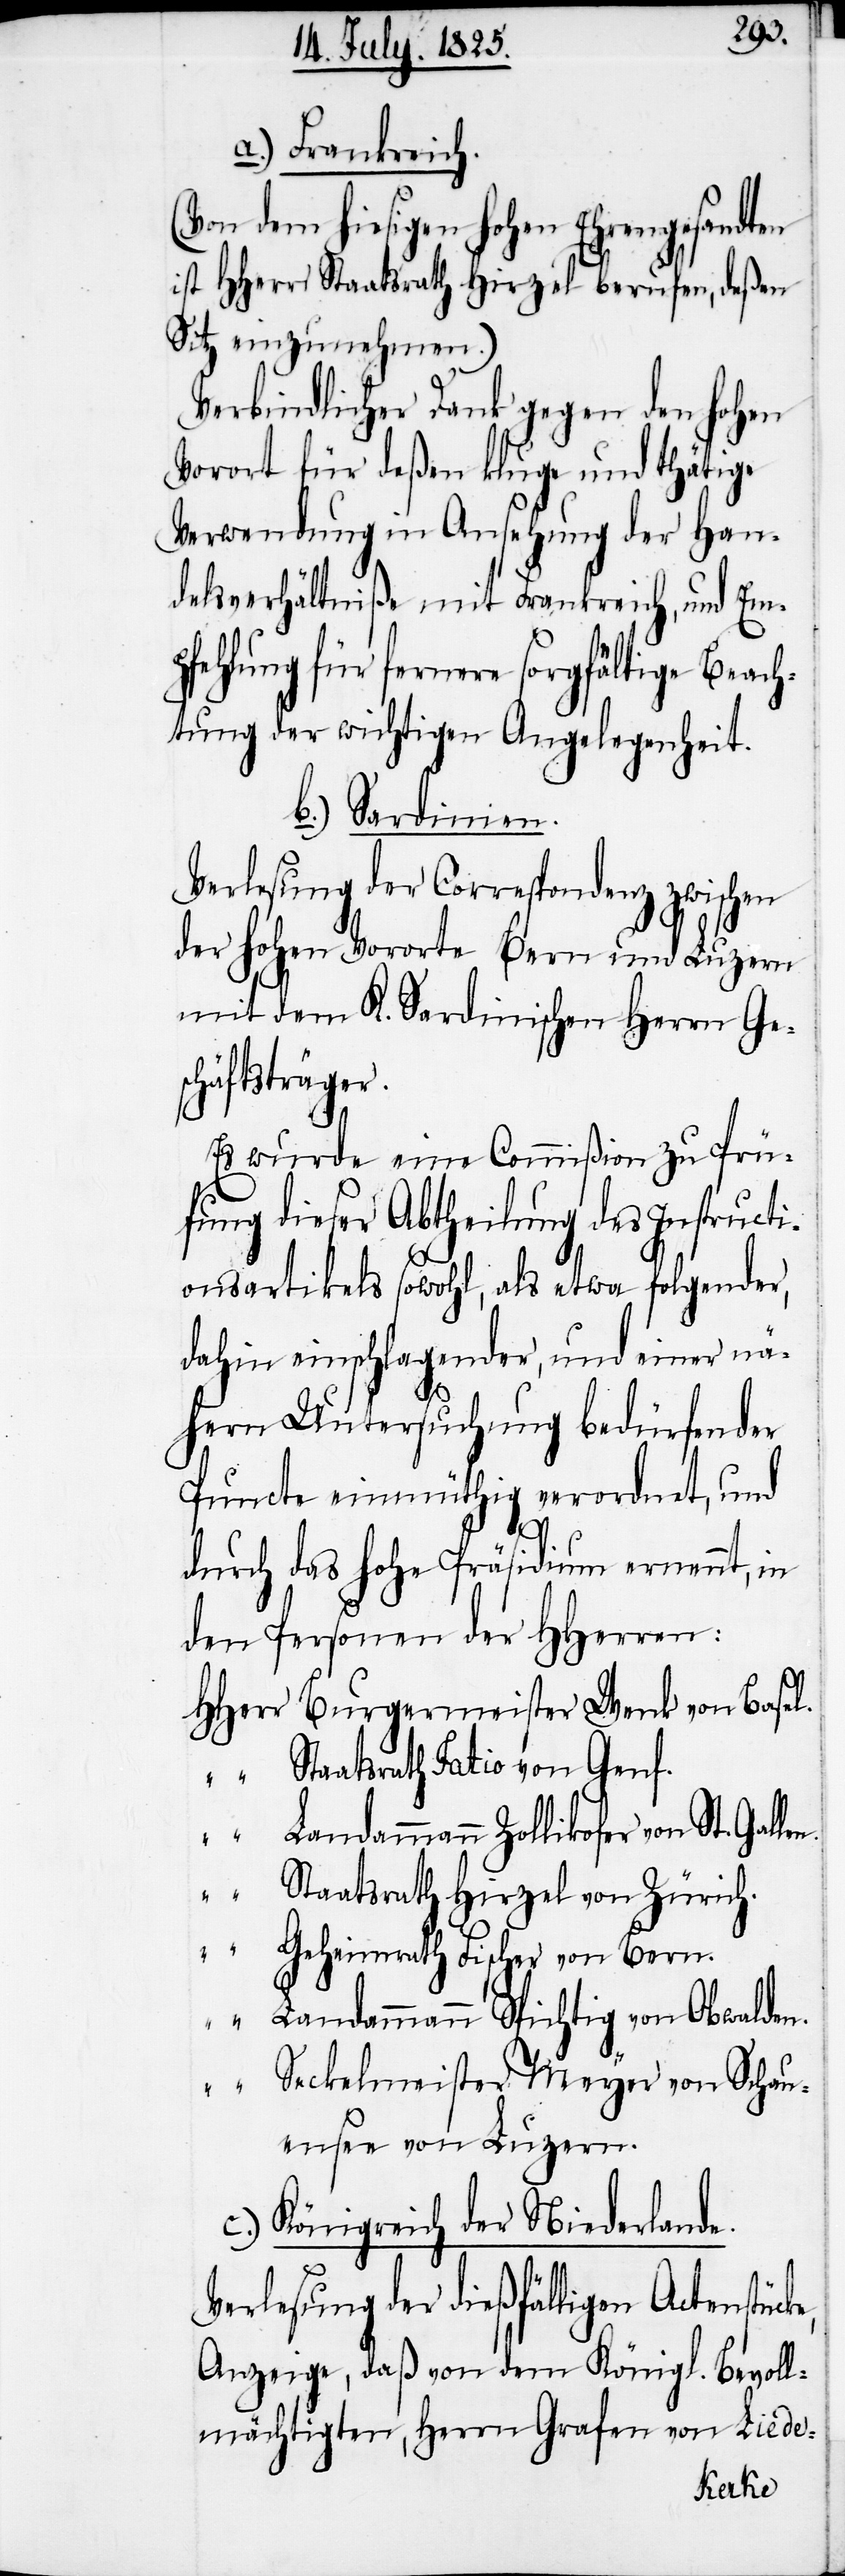
a.) Frankreich.
(Von dem hiesigen hohen Ehrengesandten
ist HHerrn Staatsrath Hirzel berufen, deßen
Sitz einzunehmen.)
Verbindlicher Dank gegen den hohen
Vorort für deßen kluge und thätige
Verwendung in Ansehung der Han¬
delsverhältniße mit Frankreich, und Em¬
pfehlung für fernere sorgfältige Beach¬
tung der wichtigen Angelegenheit.
b.) Sardinien.
Verlesung der Correspondenz zwischen
der hohen Vororte Bern und Luzern
mit dem K. Sardinischen Herrn Ge¬
schäftsträger.
Es wurde eine Commißion zu Prü¬
fung dieser Abtheilung des Instructi¬
onsartikels sowohl, als etwas folgender,
dahin einschlagender, und einer nä¬
hern Untersuchung bedürfender
Puncte einmüthig verordnet, und
e,
durch das hohe Präsidium ernennt, in
den Personen der HHerrn:
HHerr Burgermeister Wenk von Basel.
“ Staatsrath Fatio von Genf.
“ Landammann Zollikofer von St. Galle¬
n.
Staatsrath Hirzel von Zürich.
Geheimrath Fischer von Bern.
Landammann Spichtig von Obwalden.
“ Seckelmeister Meyer von Schau¬
ensee von Luzern.
c.) Königreich der Niederlande.
Verlesung der dießfälligen Actenstück¬
Anzeige, daß von dem Königl. Bevoll¬
mächtigten, Herrn Grafen von Liede-